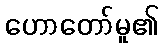
ဟောတော်မူ၏